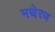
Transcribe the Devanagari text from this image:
मथेरण